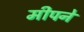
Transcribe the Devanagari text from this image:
मीपने